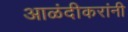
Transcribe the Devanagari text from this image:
आळंदीकरांनी